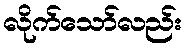
လိုက်သော်လည်း